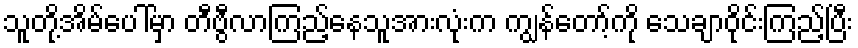
သူတို့အိမ်ပေါ်မှာ တီဗွီလာကြည့်နေသူအားလုံးက ကျွန်တော့်ကို သေချာဝိုင်းကြည့်ပြီး